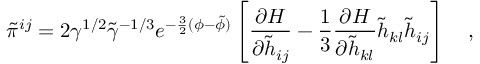
\tilde { \pi } ^ { i j } = 2 \gamma ^ { 1 / 2 } \tilde { \gamma } ^ { - 1 / 3 } e ^ { - \frac { 3 } { 2 } ( \phi - \tilde { \phi } ) } \left[ \frac { \partial H } { \partial \tilde { h } _ { i j } } - \frac { 1 } { 3 } \frac { \partial H } { \partial \tilde { h } _ { k l } } \tilde { h } _ { k l } \tilde { h } _ { i j } \right] ~ ~ ~ ,